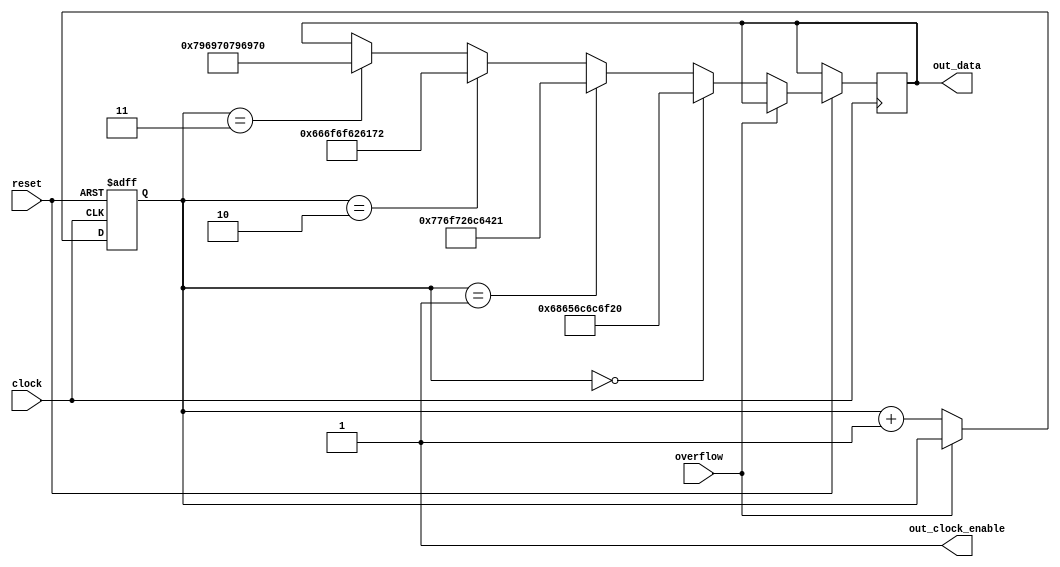
// This program was cloned from: https://github.com/lynxis/lpc_sniffer
// License: GNU General Public License v3.0

module helloworldwriter(
	input clock,
	input reset,
	input overflow,
	output out_clock_enable,
	output reg [47:0] out_data);

	reg [1:0] counter;

	assign out_clock_enable = 1;

	always @(negedge clock or negedge reset) begin
		if (~reset)
			counter <= 0;
		else begin
			if (~overflow) begin
				if (counter == 0) begin
					out_data <= 48'h68656c6c6f20; /* 'hello ' */
				end
				else if (counter == 1) begin
					out_data <= 48'h776f726c6421; /* 'world!' */
				end
				else if (counter == 2) begin
					out_data <= 48'h666f6f626172; /* 'foobar' */
				end
				else if (counter == 3) begin
					out_data <= 48'h796970796970; /* 'yipyip' */
				end
				counter <= counter + 1;
			end
		end
	end
endmodule